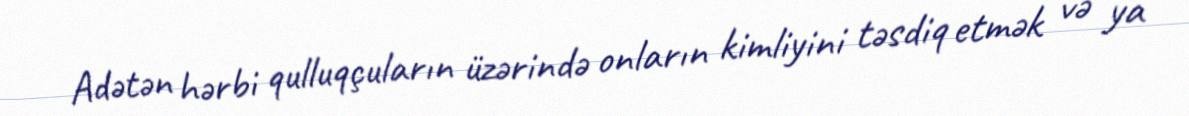
Adətən hərbi qulluqçuların üzərində onların kimliyini təsdiq etmək və ya